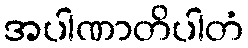
အပါဏာတိပါတံ